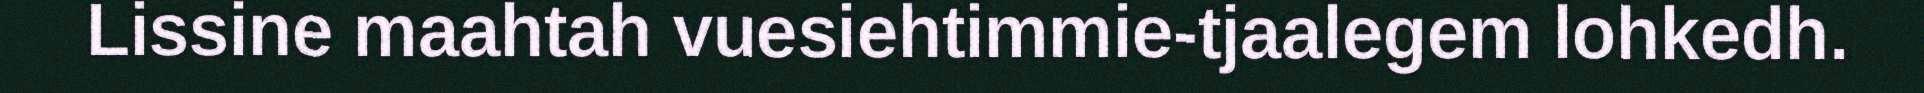
Lissine maahtah vuesiehtimmie-tjaalegem lohkedh.